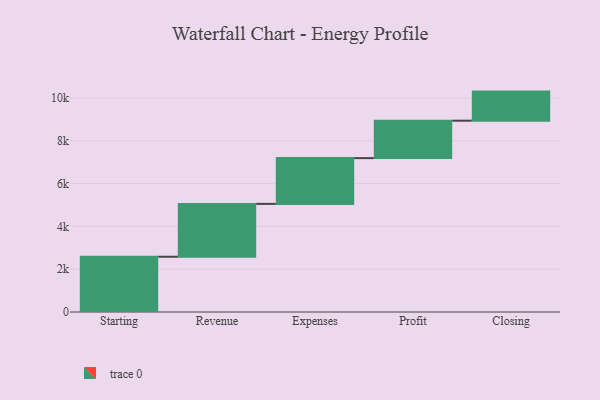
{"axis": {"x": "Step", "y": "Value"}, "legend": [""], "data": [{"x": "Starting", "y": 2582.0, "type": ""}, {"x": "Revenue", "y": 2470.0, "type": ""}, {"x": "Expenses", "y": 2138.0, "type": ""}, {"x": "Profit", "y": 1749.0, "type": ""}, {"x": "Closing", "y": 1359.0, "type": ""}]}